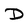
Character: D